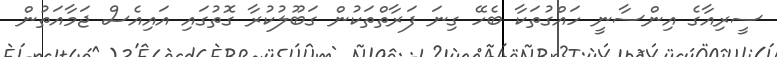
ސީރިއާގެ އިންސާނީ ހައްގުތަކާ ބެހޭ ގިނަ ފަރާތްތަކުން ގަބޫލުކުރާ ގޮތުގައި އައިއެސް ޖަމާއަތުން